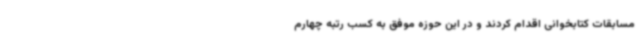
مسابقات کتابخوانی اقدام کردند و در این حوزه موفق به کسب رتبه چهارم